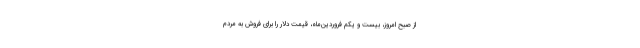
از صبح امروز، بیست و یکم فروردین‌ماه، قیمت دلار را برای فروش به مردم